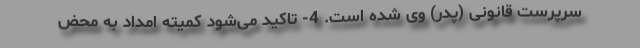
سرپرست قانونی (پدر) وی شده است. 4- تاکید می‌شود کمیته امداد به محض